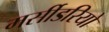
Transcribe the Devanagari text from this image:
मर्सीडरियो